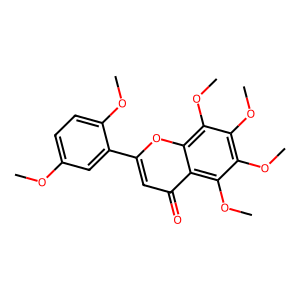
SMILES: COc1ccc(OC)c(-c2cc(=O)c3c(OC)c(OC)c(OC)c(OC)c3o2)c1
Inhibits HIV replication: No